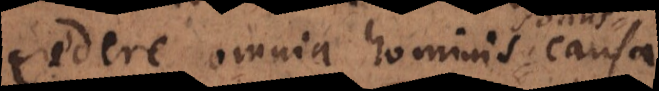
credere omnia hominis causa